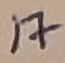
Text: 17